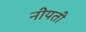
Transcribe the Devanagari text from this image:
नीयती